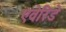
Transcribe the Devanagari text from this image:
एवेरिडे